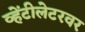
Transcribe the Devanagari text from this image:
व्हेंटीलेटरवर